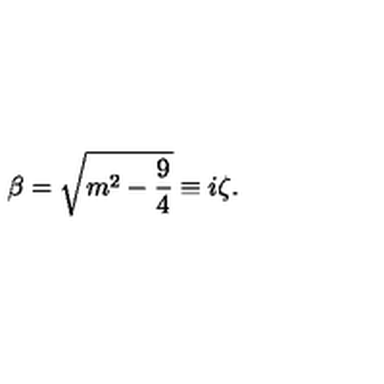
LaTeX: \beta = \sqrt { m ^ { 2 } - \frac { 9 } { 4 } } \equiv i \zeta .